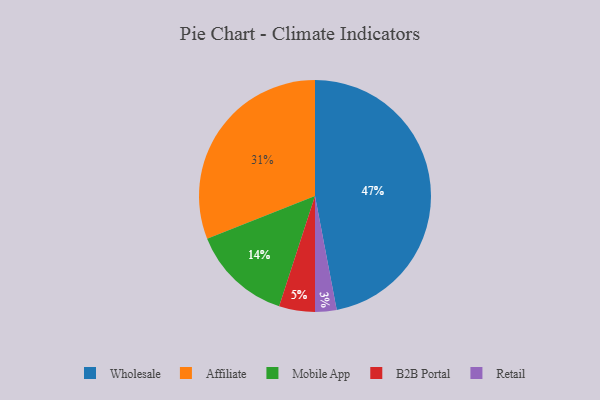
{"axis": {"x": "Category", "y": "Percentage"}, "legend": ["Affiliate", "B2B Portal", "Mobile App", "Retail", "Wholesale"], "data": [{"x": "B2B Portal", "y": 5, "type": "B2B Portal"}, {"x": "Retail", "y": 3, "type": "Retail"}, {"x": "Mobile App", "y": 14, "type": "Mobile App"}, {"x": "Wholesale", "y": 47, "type": "Wholesale"}, {"x": "Affiliate", "y": 31, "type": "Affiliate"}]}